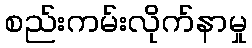
စည်းကမ်းလိုက်နာမှု